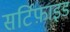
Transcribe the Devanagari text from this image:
सर्टिफ़ाइड